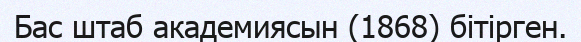
Бас штаб академиясын (1868) бітірген.